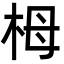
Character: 栂